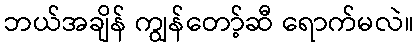
ဘယ်အချိန် ကျွန်တော့်ဆီ ရောက်မလဲ။